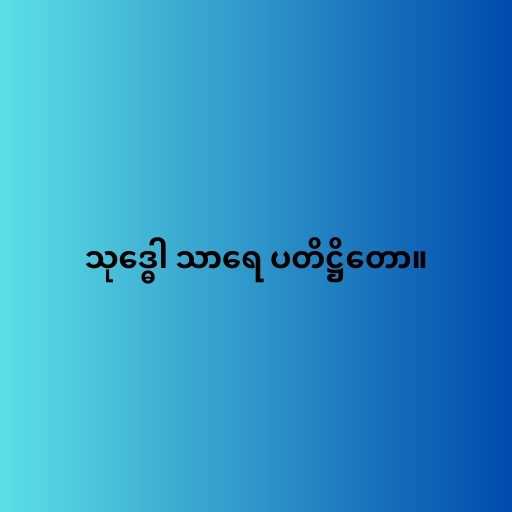
သုဒ္ဓေါ သာရေ ပတိဋ္ဌိတော။